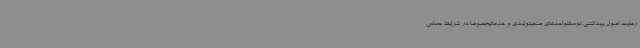
رعایت اصول بهداشتی توسطواحدهای صنفیتولیدی و خدماتیخصوصا در شرایط حساس